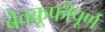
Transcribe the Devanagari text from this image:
बेवकूफीपूर्ण